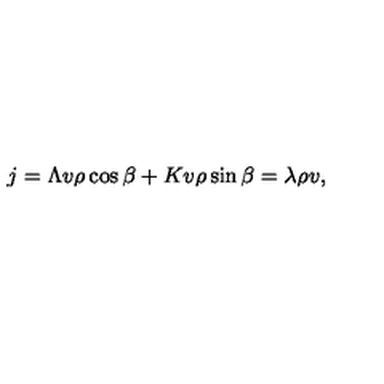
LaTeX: j = \Lambda v \rho \cos { \beta } + K v \rho \sin { \beta } = \lambda \rho v ,